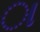
ા